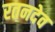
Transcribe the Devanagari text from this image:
रतनदेव